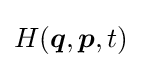
H({\boldsymbol {q}},{\boldsymbol {p}},t)